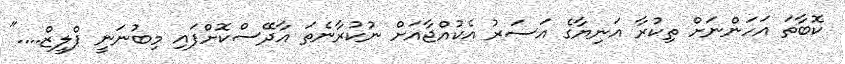
ކޮބާތަ އަހަންނަށް ތިކުރާ އަނިޔާގެ އަސަރު އެކުއްޖާއަށް ނުކުރާނެތަ އާދޭސްކޮށްފައި މިބުނަނީ ޕްލީޒް...."